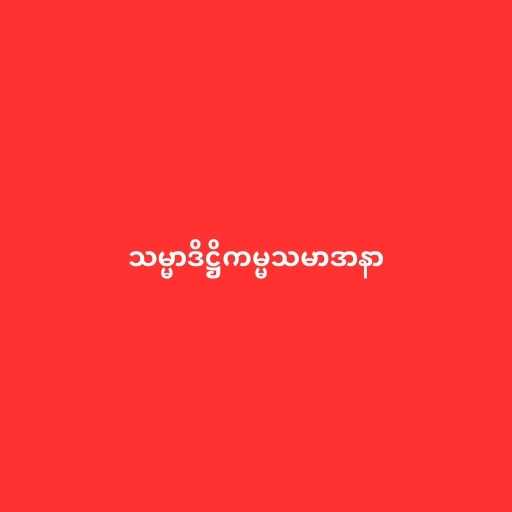
သမ္မာဒိဋ္ဌိကမ္မသမာဒာနာ